kultuurilooline_kollektsioon, lk 8
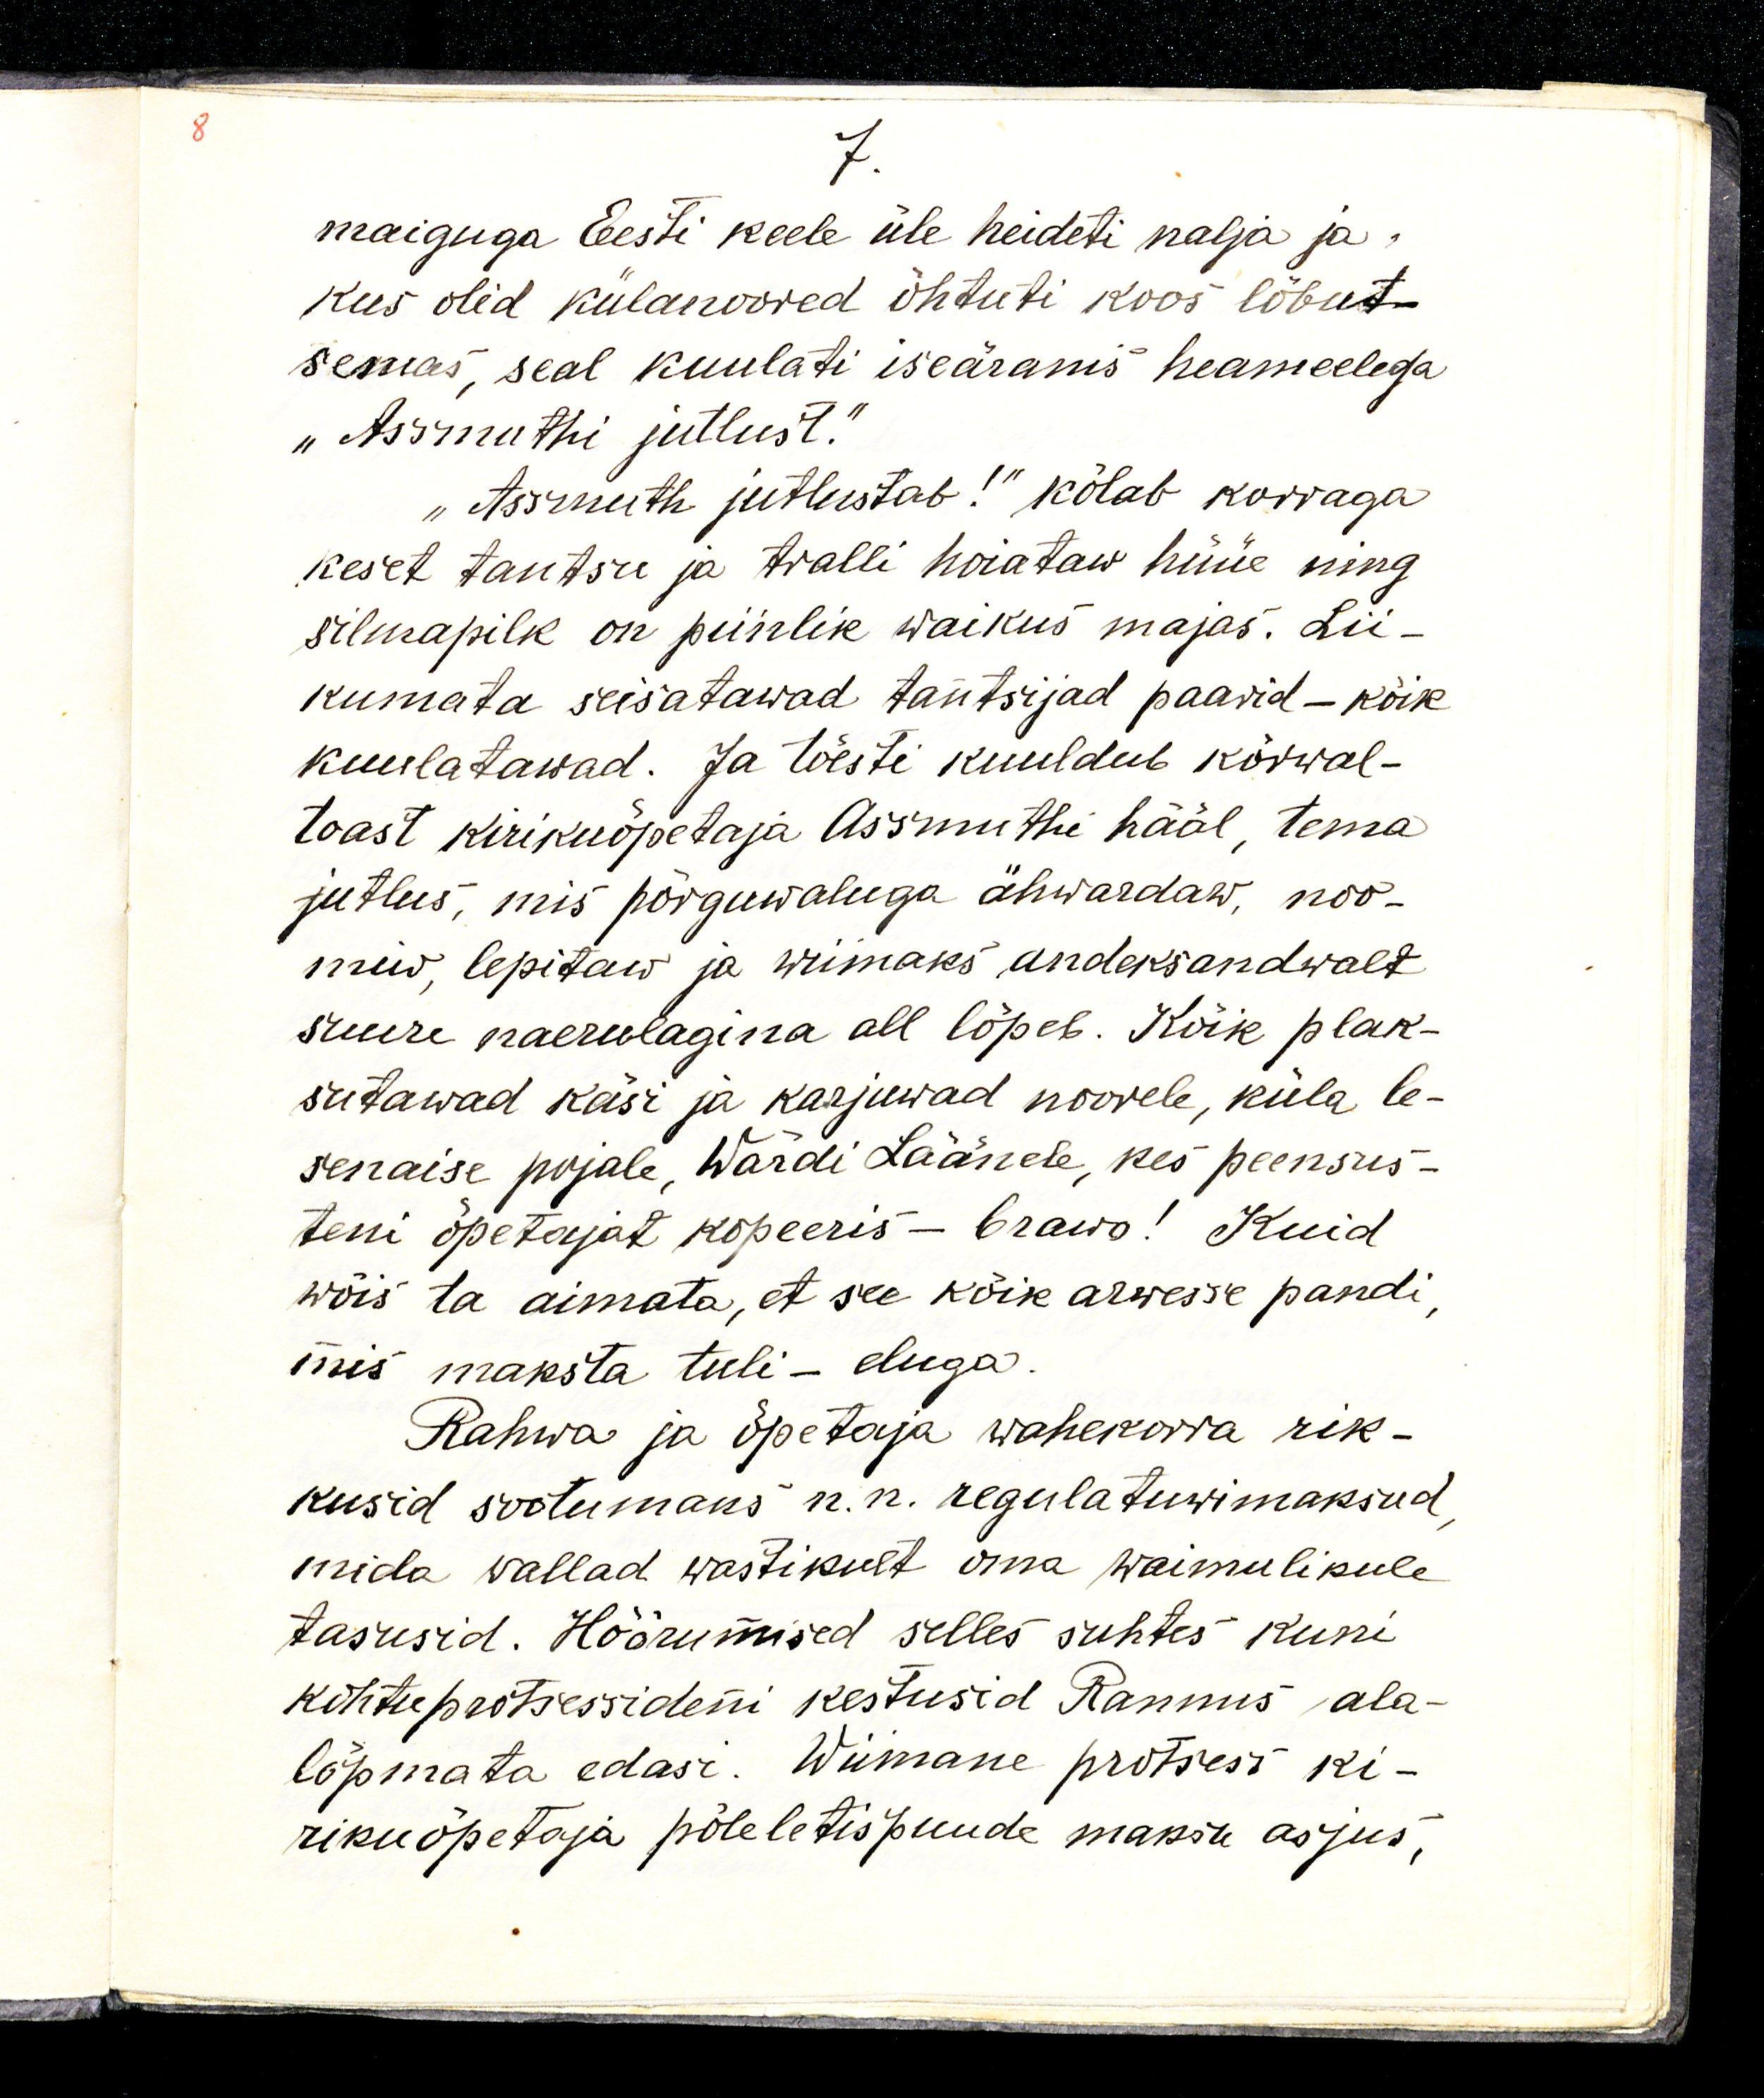
7.
maiguga Eesti keele üle heideti nalja ja
kus olid külanoored õhtuti koos lõbut-
semas, seal kuulati iseäranis heameelega
„Assmuthi jutlust“.
„Assmuth jutlustab!“ kõlab korraga
keset tantsu ja tralli hoiataw hüüe ning
silmapilk on piinlik waikus majas. Lii-
kumata seisatawad tantsijad paarid - kõik
kuulatawad. Ja tõesti kuuldub kõrval-
toast kirikuõpetaja Assmuthi hääl, tema
jutlus, mis põrguwaluga ähwardaw, noo-
miw, lepitaw ja wiimaks andeksandwalt
suure naerulagina all lõpeb. Kõik plak-
sutawad käsi ja karjuwad noorele, küla le-
senaise pojale, Wärdi Läänele, kes peensus-
teni õpetajat kopeeris- bravo! Kuid
wõis ta aimata, et see kõik arwesse pandi, 
mis maksta tuli - eluga.
Rahwa ja õpetaja wahekorra rik-
kusid sootumaks n.n. regulatuwimaksud,
mida wallad wastikult oma waimulikule
tasusid. Hõõrumised selles suhtes kuni
kohtuprotsessideni kestusid Rannus ala-
lõpmata edasi. Wiimane protsess ki-
rikuõpetaja põleletispuude maksu asjus,